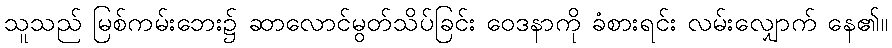
သူသည် မြစ်ကမ်းဘေး၌ ဆာလောင်မွတ်သိပ်ခြင်း ဝေဒနာကို ခံစားရင်း လမ်းလျှောက် နေ၏။